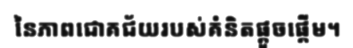
នៃភាពជោគជ័យរបស់គំនិតផ្តួចផ្តើម។